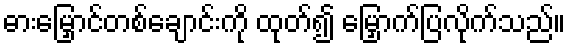
ဓားမြှောင်တစ်ချောင်းကို ထုတ်၍ မြှောက်ပြလိုက်သည်။